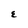
Character: E